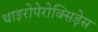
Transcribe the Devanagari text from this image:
थाइरोपेरोक्सिड़ेस